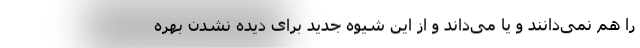
را هم نمی‌دانند و یا می‌داند و از این شیوه جدید برای دیده نشدن بهره